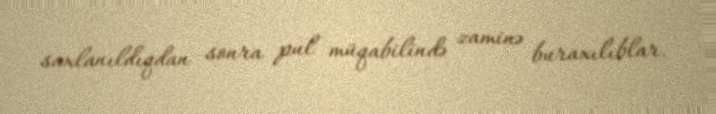
saxlanıldıqdan sonra pul müqabilində zaminə buraxılıblar.